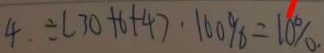
4 . \div ( 3 0 + 6 + 4 ) \cdot 1 0 0 \% = 1 0 \% .